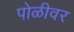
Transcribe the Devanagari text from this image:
पोळीवर